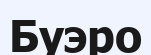
Буэро